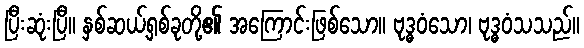
ပြီးဆုံးပြီ။ နှစ်ဆယ့်ရှစ်ခုတို့၏ အကြောင်းဖြစ်သော။ ဗုဒ္ဓဝံသော၊ ဗုဒ္ဓဝံသသည်။